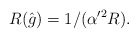
\begin{align*}R(\hat{g})=1/(\alpha'^{2} R). \end{align*}